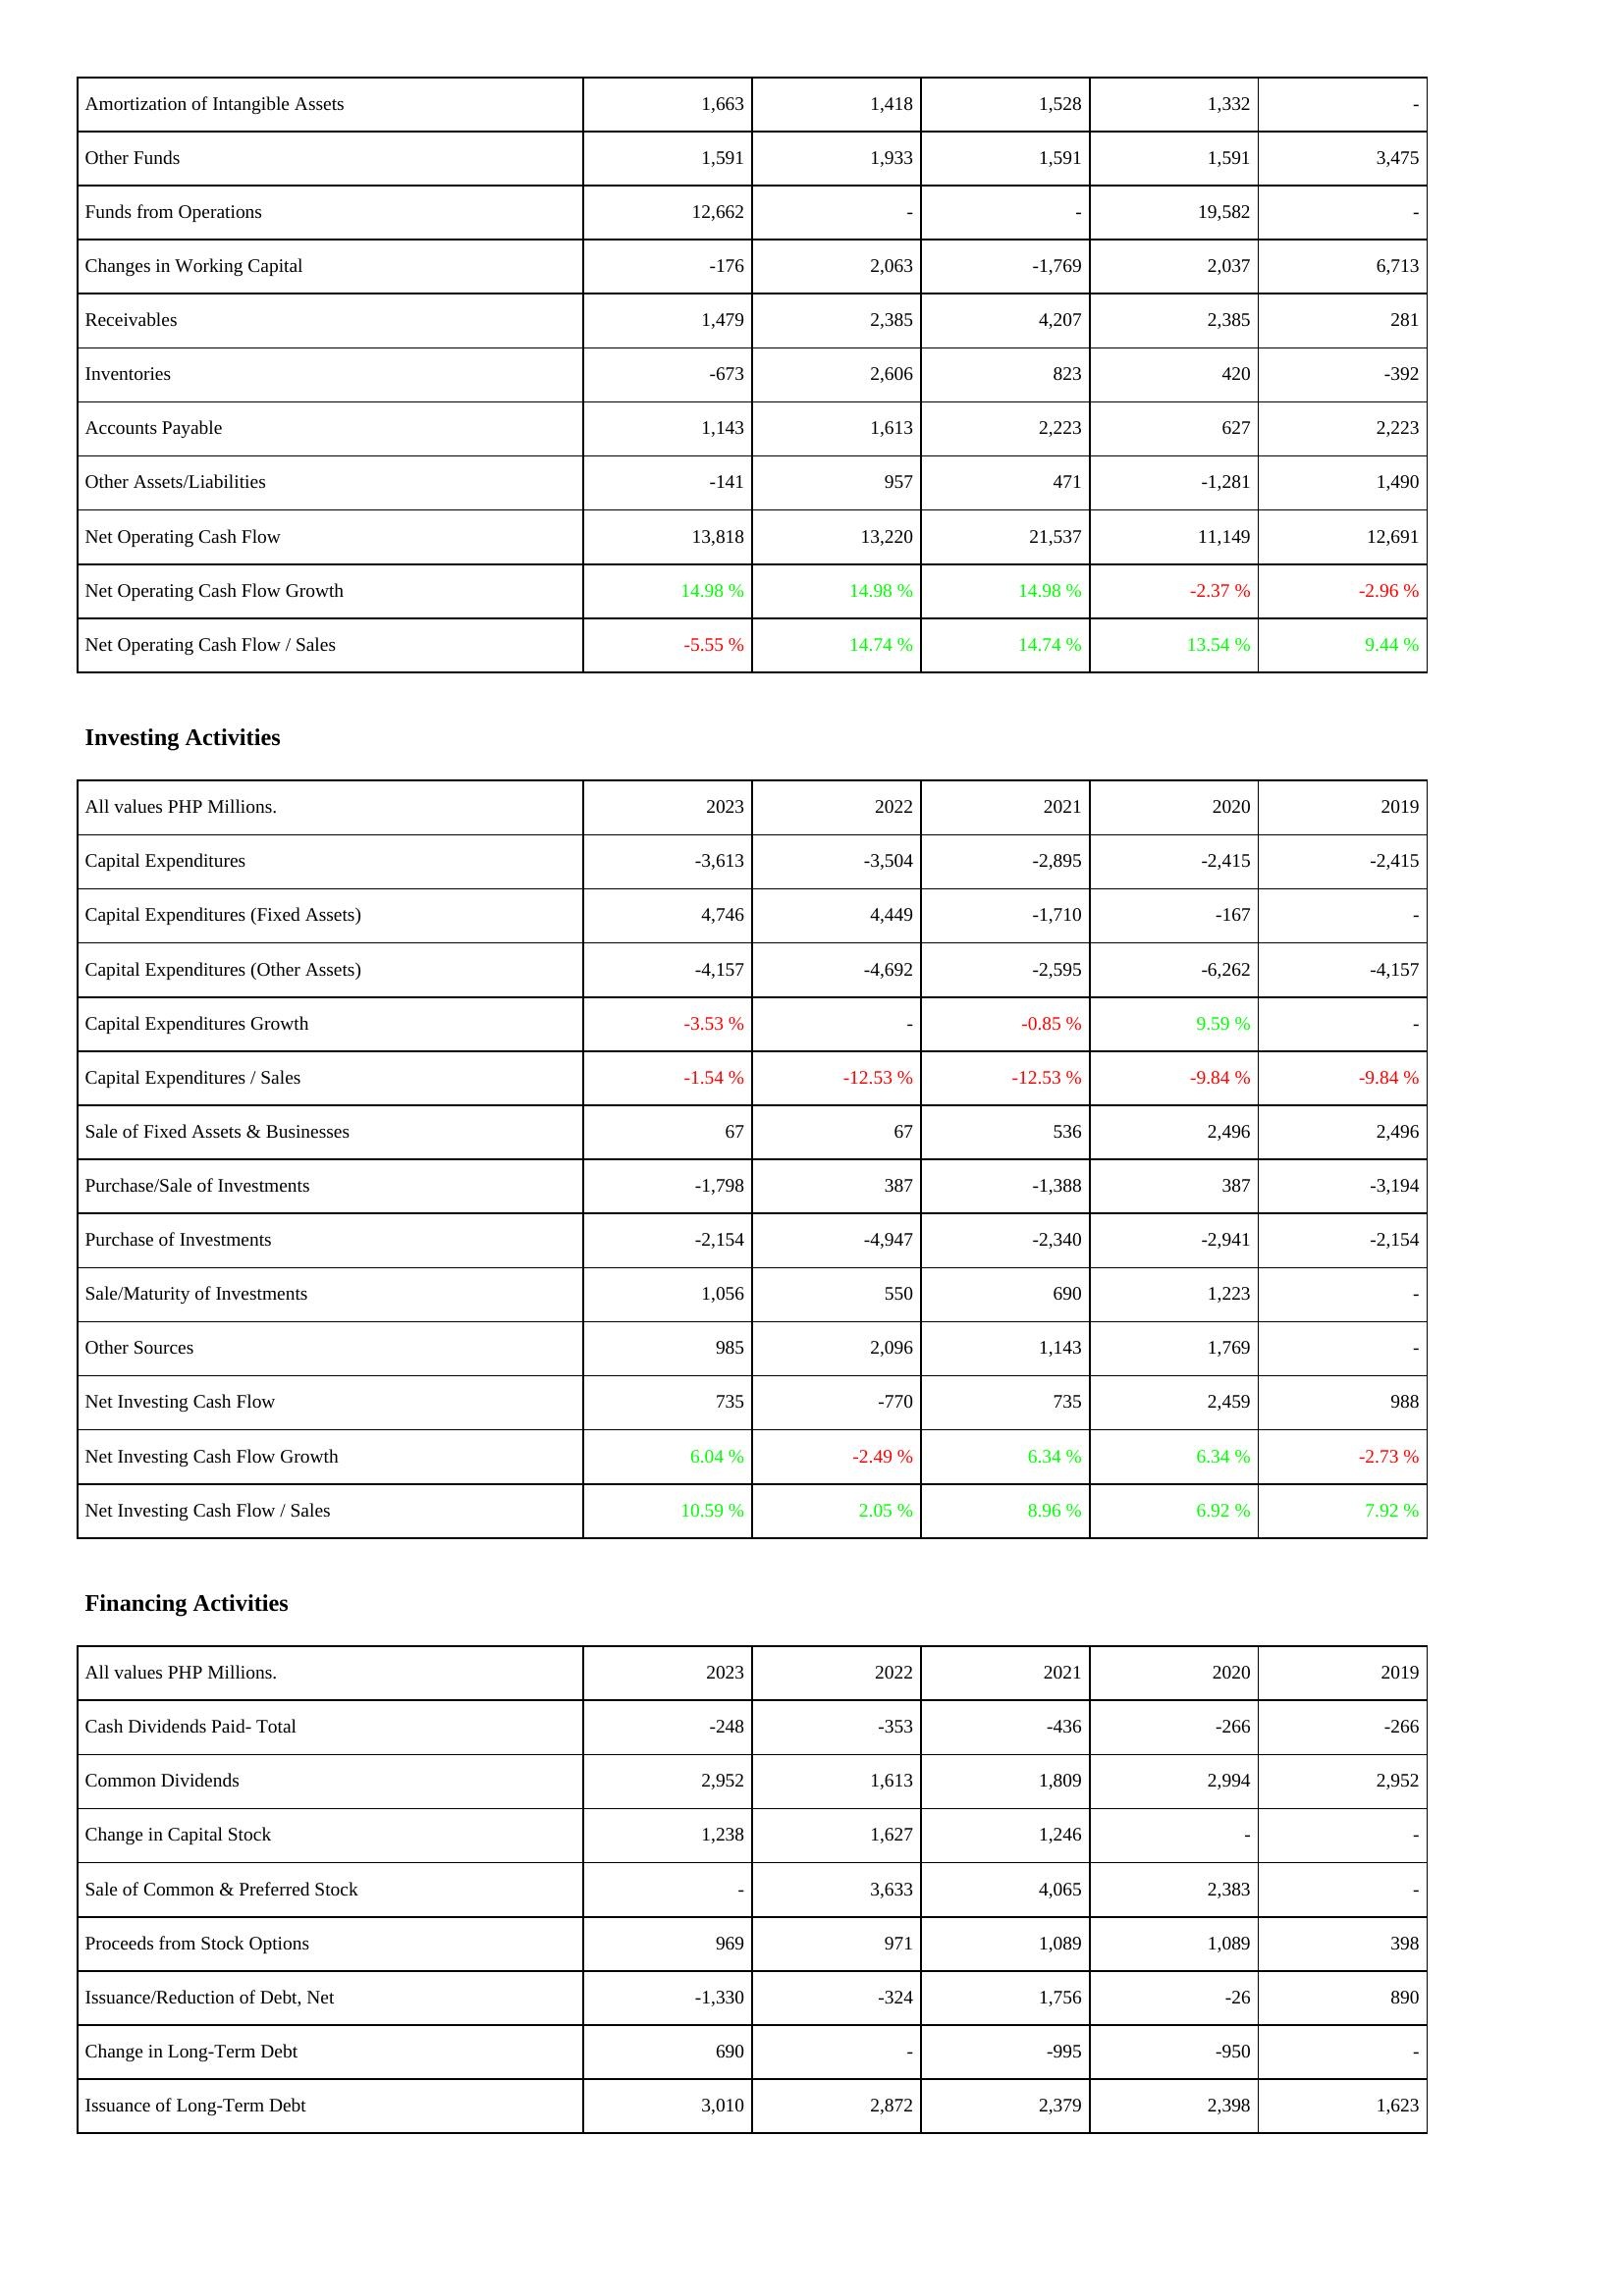
2023: Operating Activities: Amortization of Intangible Assets: 1,663
Other Funds: 1,591
Funds from Operations: 12,662
Changes in Working Capital: -176
Receivables: 1,479
Inventories: -673
Accounts Payable: 1,143
Other Assets/Liabilities: -141
Net Operating Cash Flow: 13,818
Net Operating Cash Flow Growth: 14.98 %
Net Operating Cash Flow / Sales: -5.55 %
Investing Activities: Capital Expenditures: -3,613
Capital Expenditures (Fixed Assets): 4,746
Capital Expenditures (Other Assets): -4,157
Capital Expenditures Growth: -3.53 %
Capital Expenditures / Sales: -1.54 %
Sale of Fixed Assets & Businesses: 67
Purchase/Sale of Investments: -1,798
Purchase of Investments: -2,154
Sale/Maturity of Investments: 1,056
Other Sources: 985
Net Investing Cash Flow: 735
Net Investing Cash Flow Growth: 6.04 %
Net Investing Cash Flow / Sales: 10.59 %
Financing Activities: Cash Dividends Paid- Total: -248
Common Dividends: 2,952
Change in Capital Stock: 1,238
Sale of Common & Preferred Stock: -
Proceeds from Stock Options: 969
Issuance/Reduction of Debt, Net: -1,330
Change in Long-Term Debt: 690
Issuance of Long-Term Debt: 3,010
2022: Operating Activities: Amortization of Intangible Assets: 1,418
Other Funds: 1,933
Funds from Operations: -
Changes in Working Capital: 2,063
Receivables: 2,385
Inventories: 2,606
Accounts Payable: 1,613
Other Assets/Liabilities: 957
Net Operating Cash Flow: 13,220
Net Operating Cash Flow Growth: 14.98 %
Net Operating Cash Flow / Sales: 14.74 %
Investing Activities: Capital Expenditures: -3,504
Capital Expenditures (Fixed Assets): 4,449
Capital Expenditures (Other Assets): -4,692
Capital Expenditures Growth: -
Capital Expenditures / Sales: -12.53 %
Sale of Fixed Assets & Businesses: 67
Purchase/Sale of Investments: 387
Purchase of Investments: -4,947
Sale/Maturity of Investments: 550
Other Sources: 2,096
Net Investing Cash Flow: -770
Net Investing Cash Flow Growth: -2.49 %
Net Investing Cash Flow / Sales: 2.05 %
Financing Activities: Cash Dividends Paid- Total: -353
Common Dividends: 1,613
Change in Capital Stock: 1,627
Sale of Common & Preferred Stock: 3,633
Proceeds from Stock Options: 971
Issuance/Reduction of Debt, Net: -324
Change in Long-Term Debt: -
Issuance of Long-Term Debt: 2,872
2021: Operating Activities: Amortization of Intangible Assets: 1,528
Other Funds: 1,591
Funds from Operations: -
Changes in Working Capital: -1,769
Receivables: 4,207
Inventories: 823
Accounts Payable: 2,223
Other Assets/Liabilities: 471
Net Operating Cash Flow: 21,537
Net Operating Cash Flow Growth: 14.98 %
Net Operating Cash Flow / Sales: 14.74 %
Investing Activities: Capital Expenditures: -2,895
Capital Expenditures (Fixed Assets): -1,710
Capital Expenditures (Other Assets): -2,595
Capital Expenditures Growth: -0.85 %
Capital Expenditures / Sales: -12.53 %
Sale of Fixed Assets & Businesses: 536
Purchase/Sale of Investments: -1,388
Purchase of Investments: -2,340
Sale/Maturity of Investments: 690
Other Sources: 1,143
Net Investing Cash Flow: 735
Net Investing Cash Flow Growth: 6.34 %
Net Investing Cash Flow / Sales: 8.96 %
Financing Activities: Cash Dividends Paid- Total: -436
Common Dividends: 1,809
Change in Capital Stock: 1,246
Sale of Common & Preferred Stock: 4,065
Proceeds from Stock Options: 1,089
Issuance/Reduction of Debt, Net: 1,756
Change in Long-Term Debt: -995
Issuance of Long-Term Debt: 2,379
2020: Operating Activities: Amortization of Intangible Assets: 1,332
Other Funds: 1,591
Funds from Operations: 19,582
Changes in Working Capital: 2,037
Receivables: 2,385
Inventories: 420
Accounts Payable: 627
Other Assets/Liabilities: -1,281
Net Operating Cash Flow: 11,149
Net Operating Cash Flow Growth: -2.37 %
Net Operating Cash Flow / Sales: 13.54 %
Investing Activities: Capital Expenditures: -2,415
Capital Expenditures (Fixed Assets): -167
Capital Expenditures (Other Assets): -6,262
Capital Expenditures Growth: 9.59 %
Capital Expenditures / Sales: -9.84 %
Sale of Fixed Assets & Businesses: 2,496
Purchase/Sale of Investments: 387
Purchase of Investments: -2,941
Sale/Maturity of Investments: 1,223
Other Sources: 1,769
Net Investing Cash Flow: 2,459
Net Investing Cash Flow Growth: 6.34 %
Net Investing Cash Flow / Sales: 6.92 %
Financing Activities: Cash Dividends Paid- Total: -266
Common Dividends: 2,994
Change in Capital Stock: -
Sale of Common & Preferred Stock: 2,383
Proceeds from Stock Options: 1,089
Issuance/Reduction of Debt, Net: -26
Change in Long-Term Debt: -950
Issuance of Long-Term Debt: 2,398
2019: Operating Activities: Amortization of Intangible Assets: -
Other Funds: 3,475
Funds from Operations: -
Changes in Working Capital: 6,713
Receivables: 281
Inventories: -392
Accounts Payable: 2,223
Other Assets/Liabilities: 1,490
Net Operating Cash Flow: 12,691
Net Operating Cash Flow Growth: -2.96 %
Net Operating Cash Flow / Sales: 9.44 %
Investing Activities: Capital Expenditures: -2,415
Capital Expenditures (Fixed Assets): -
Capital Expenditures (Other Assets): -4,157
Capital Expenditures Growth: -
Capital Expenditures / Sales: -9.84 %
Sale of Fixed Assets & Businesses: 2,496
Purchase/Sale of Investments: -3,194
Purchase of Investments: -2,154
Sale/Maturity of Investments: -
Other Sources: -
Net Investing Cash Flow: 988
Net Investing Cash Flow Growth: -2.73 %
Net Investing Cash Flow / Sales: 7.92 %
Financing Activities: Cash Dividends Paid- Total: -266
Common Dividends: 2,952
Change in Capital Stock: -
Sale of Common & Preferred Stock: -
Proceeds from Stock Options: 398
Issuance/Reduction of Debt, Net: 890
Change in Long-Term Debt: -
Issuance of Long-Term Debt: 1,623